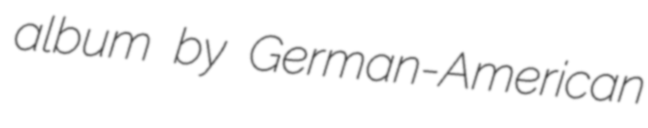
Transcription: album by German-American